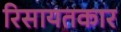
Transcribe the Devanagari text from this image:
रिसायतकार